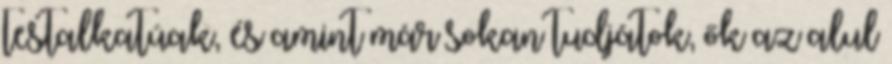
testalkatúak, és amint már sokan tudjátok, ők az alul